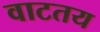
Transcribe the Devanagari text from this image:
वाटतय